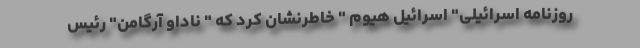
روزنامه اسرائیلی" اسرائیل هیوم " خاطرنشان کرد که " ناداو آرگامن" رئیس